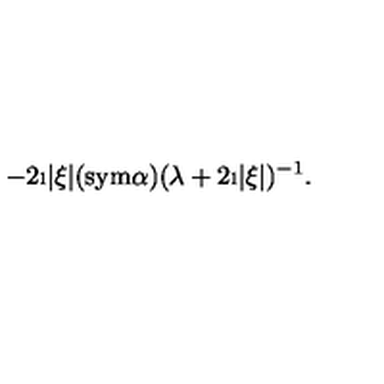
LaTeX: - 2 \i | \xi | ( \mathrm { s y m } \alpha ) ( \lambda + 2 \i | \xi | ) ^ { - 1 } .